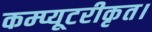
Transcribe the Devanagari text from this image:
कम्प्यूटरीकृत।